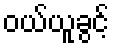
ဝယ်ယူခွင့်